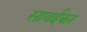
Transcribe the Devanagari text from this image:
सावईकर